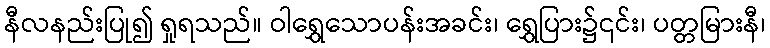
နီလနည်းပြု၍ ရှုရသည်။ ဝါရွှေသောပန်းအခင်း၊ ရွှေပြား၌၎င်း၊ ပတ္တမြားနီ၊